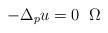
LaTeX: \begin{align*}-\Delta_{p}u = 0 \;\; \Omega\end{align*}